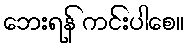
ဘေးရန် ကင်းပါစေ။